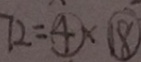
7 2 = \textcircled { 4 } \times \textcircled { 1 8 }